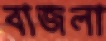
বাজলা